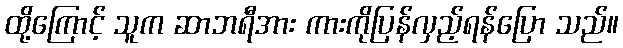
ထို့ကြောင့် သူက ဆာဘရီအား ကားကိုပြန်လှည့်ရန်ပြော သည်။